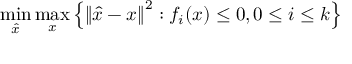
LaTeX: \operatorname* { m i n } _ { \hat { x } } \operatorname* { m a x } _ { x } \left\{ \left\| { \hat { x } } - x \right\| ^ { 2 } : f _ { i } ( x ) \leq 0 , 0 \leq i \leq k \right\}